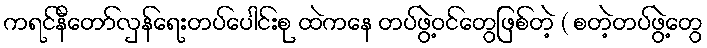
ကရင်နီတော်လှန်ရေးတပ်ပေါင်းစု ထဲကနေ တပ်ဖွဲ့ဝင်တွေဖြစ်တဲ့ ( စတဲ့တပ်ဖွဲ့တွေ